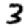
Digit: 3